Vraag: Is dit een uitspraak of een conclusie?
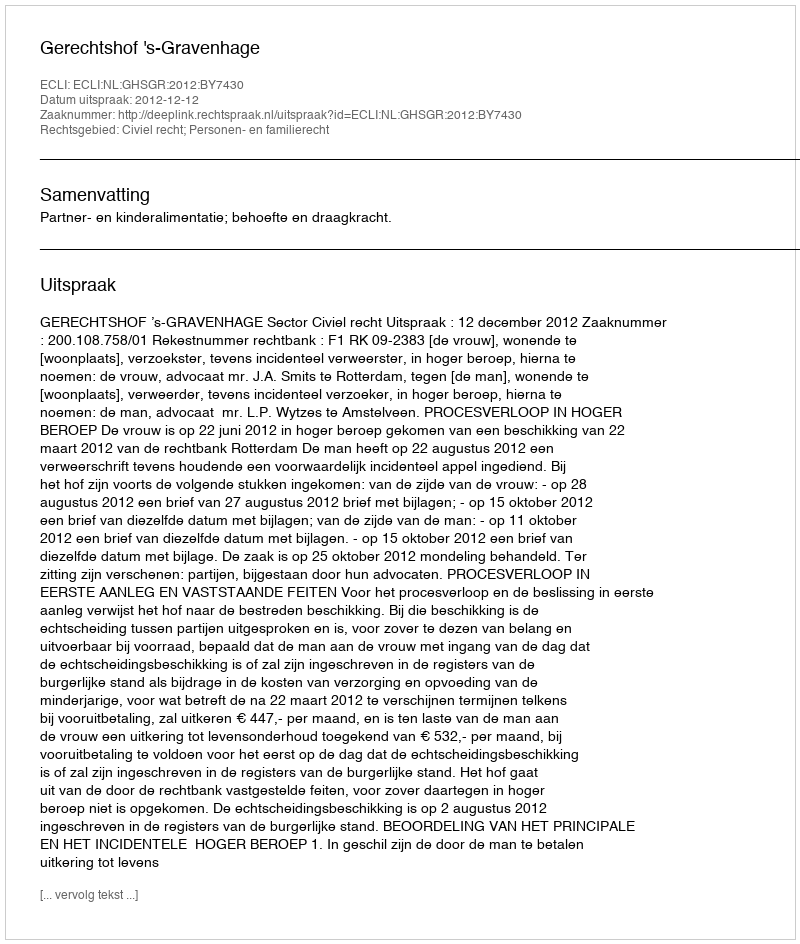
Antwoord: Uitspraak